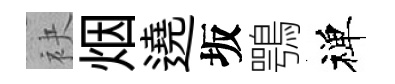
袂烟遶坂鶚禅